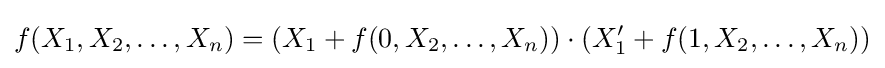
f(X_{1},X_{2},\dots ,X_{n})=(X_{1}+f(0,X_{2},\dots ,X_{n}))\cdot (X_{1}'+f(1,X_{2},\dots ,X_{n}))